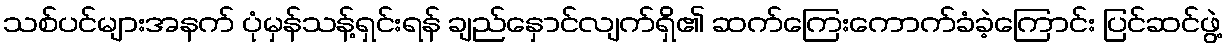
သစ်ပင်များအနက် ပုံမှန်သန့်ရှင်းရန် ချည်နှောင်လျက်ရှိ၏ ဆက်ကြေးကောက်ခံခဲ့ကြောင်း ပြင်ဆင်ဖွဲ့